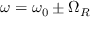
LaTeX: \omega = \omega _ { 0 } \pm \Omega _ { R }